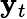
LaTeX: \mathbf{y}_{t}